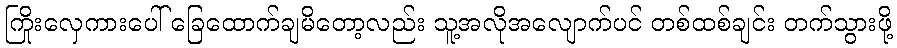
ကြိုးလှေကားပေါ် ခြေထောက်ချမိတော့လည်း သူ့အလိုအလျောက်ပင် တစ်ထစ်ချင်း တက်သွားဖို့